Regulations for the medical services of the Army of India
Year: 1930
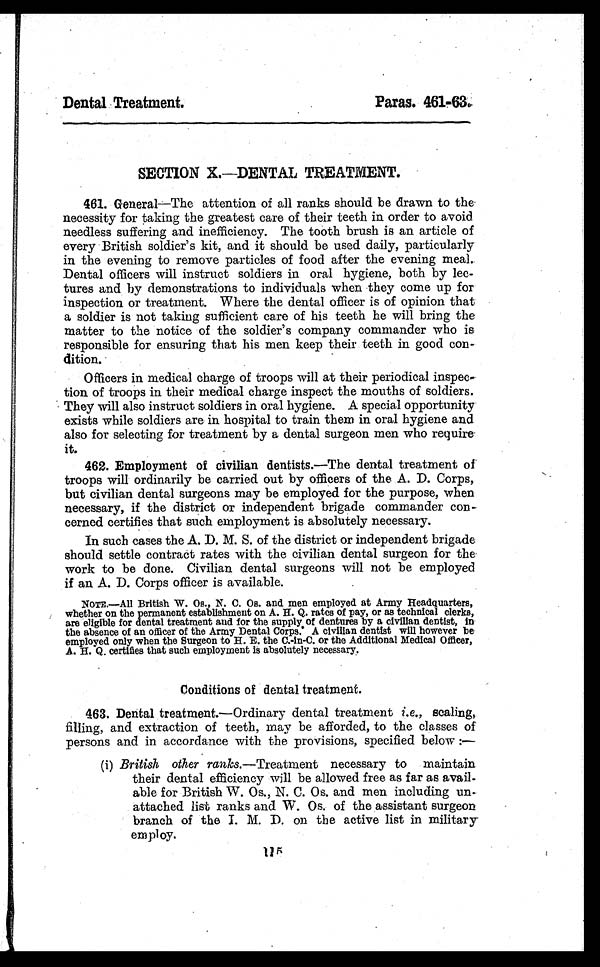
Dental Treatment.
Paras. 461-63.
SECTION X.—DENTAL TREATMENT.
461. General—The attention of all ranks should be drawn to the
necessity for taking the greatest care of their teeth in order to avoid
needless suffering and inefficiency. The tooth brush is an article of
every British soldier's kit, and it should be used daily, particularly
in the evening to remove particles of food after the evening meal.
Dental officers will instruct soldiers in oral hygiene, both by lec-
tures and by demonstrations to individuals when they come up for
inspection or treatment. Where the dental officer is of opinion that
a soldier is not taking sufficient care of his teeth he will bring the
matter to the notice of the soldier's company commander who is
responsible for ensuring that his men keep their teeth in good con-
dition.
Officers in medical charge of troops will at their periodical inspec
tion of troops in their medical charge inspect the mouths of soldiers.
They will also instruct soldiers in oral hygiene. A special opportunity
exists while soldiers are in hospital to train them in oral hygiene and
also for selecting for treatment by a dental surgeon men who require
it.
462. Employment of civilian dentists.— The dental treatment of
troops will ordinarily be carried out by officers of the A. D. Corps,
but civilian dental surgeons may be employed for the purpose, when
necessary, if the district or independent brigade commander con-
cerned certifies that such employment is absolutely necessary.
In such cases the A. D. M. S. of the district or independent brigade
should settle contract rates with the civilian dental surgeon for the
work to be done. Civilian dental surgeons will not be employed
if an A. D. Corps officer is available.
NOTE.—All British W. Os., N. C. Os. and men employed at Army Headquarters,
whether on the permanent establishment on A. H. Q. rates of pay, or as technical clerks,
are eligible for dental treatment and for the supply of dentures by a civilian dentist, in
the absence of an officer of the Army Dental Corps. A civilian dentist will however be
employed only when the Surgeon to H. E. the C.-in-C. or the Additional Medical Officer,
A. H. Q. certifies that such employment is absolutely necessary.
Conditions of dental treatment.
463. Dental treatment.— Ordinary dental treatment i.e ., scaling,
filling, and extraction of teeth, may be afforded, to the classes of
persons and in accordance with the provisions, specified below:—
(i) British other ranks.—Treatment necessary to maintain
their dental efficiency will be allowed free as far as avail-
able for British W. Os., N. C. Os. and men including un-
attached list ranks and W. Os. of the assistant surgeon
branch of the I. M. D. on the active list in military
employ.
115